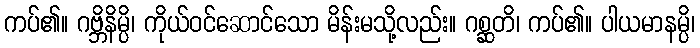
ကပ်၏။ ဂဗ္ဘိနိမ္ပိ၊ ကိုယ်ဝင်ဆောင်သော မိန်းမသို့လည်း။ ဂစ္ဆတိ၊ ကပ်၏။ ပါယမာနမ္ပိ၊